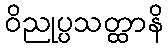
ဝိညုပ္ပသတ္ထာနိ